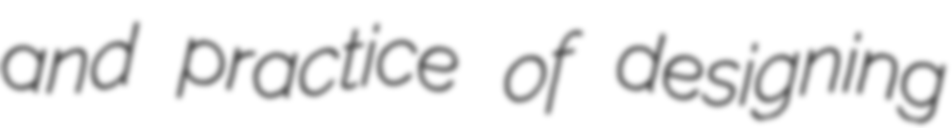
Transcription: and practice of designing